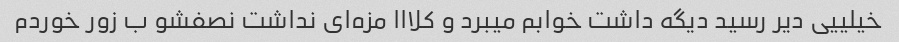
خیلییی دیر رسید دیگه داشت خوابم میبرد و کلااا مزه‌ای نداشت نصفشو ب زور خوردم